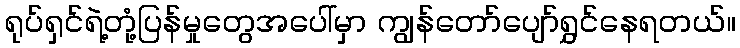
ရုပ်ရှင်ရဲ့တုံ့ပြန်မှုတွေအပေါ်မှာ ကျွန်တော်ပျော်ရွှင်နေရတယ်။